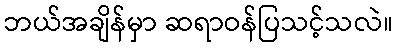
ဘယ်အချိန်မှာ ဆရာဝန်ပြသင့်သလဲ။